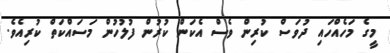
މީގެ މަހެއްހައި ދުވަސް ކުރިން ވެސް އެކަން ކުރުން ފުލުހުން މަސައްކަތް ކުރިއެވެ.